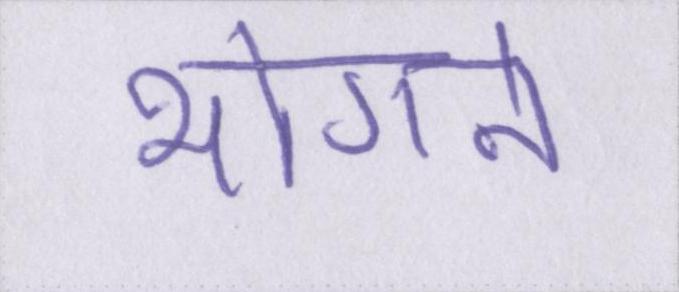
भोगने